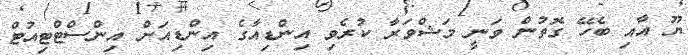
ޔޫ އާއި ބެހޭ ގޮތުން ވަނީ މަޝްވަރާ ކުރެވި އިންޑިއާގެ އިންޑިއަން އިންސްޓްޓިއުޓް